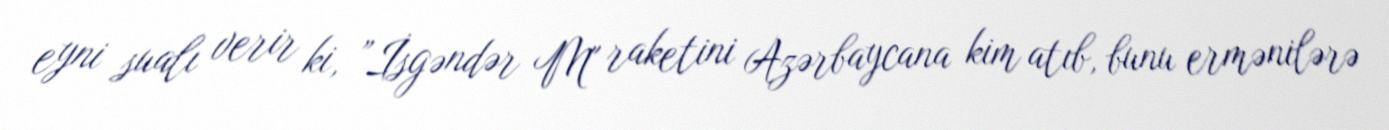
eyni sualı verir ki, ”İsgəndər M" raketini Azərbaycana kim atıb, bunu ermənilərə